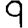
Digit: 9